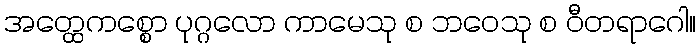
အတ္ထေကစ္စော ပုဂ္ဂလော ကာမေသု စ ဘဝေသု စ ဝီတရာဂေါ။